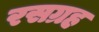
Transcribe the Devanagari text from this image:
रसग्रह